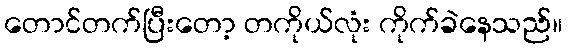
တောင်တက်ပြီးတော့ တကိုယ်လုံး ကိုက်ခဲနေသည်။